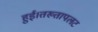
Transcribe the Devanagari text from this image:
हुई।तख्तापलट